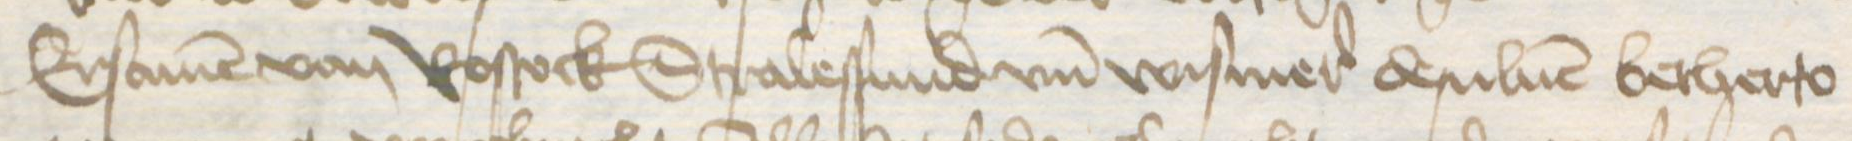
Transcription: Ersamen von Rostock Stralessund vnd Wismer desuluen betherto